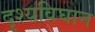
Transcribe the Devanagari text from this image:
दृश्यविघान